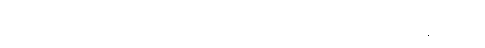
ပါဝင်လိမ့်မည်၊) ပရိဝုတ္တဒိဝသေ ပရိဝါသ် နေအပ်ပြီးရာ နေ့တို့ကို။